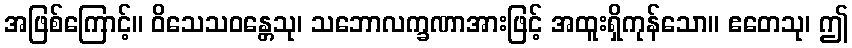
အဖြစ်ကြောင့်။ ဝိသေသဝန္တေသု၊ သဘောလက္ခဏာအားဖြင့် အထူးရှိကုန်သော။ ဧတေသု၊ ဤ